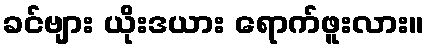
ခင်ဗျား ယိုးဒယား ရောက်ဖူးလား။